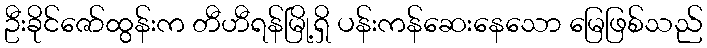
ဦးခိုင်ဇော်ထွန်းက တီဟီရန်မြို့ရှိ ပန်းကန်ဆေးနေသော မြေဖြစ်သည်